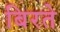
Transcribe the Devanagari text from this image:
बिरते